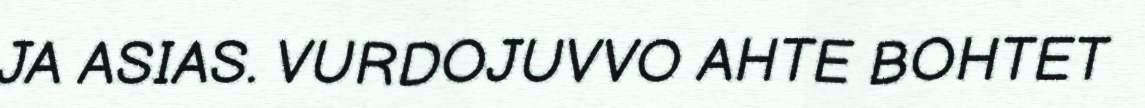
JA ASIAS. VURDOJUVVO AHTE BOHTET